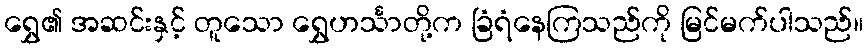
ရွှေ၏ အဆင်းနှင့် တူသော ရွှေဟင်္သာတို့က ခြံရံနေကြသည်ကို မြင်မက်ပါသည်။